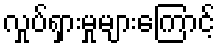
လှုပ်ရှားမှုများကြောင့်